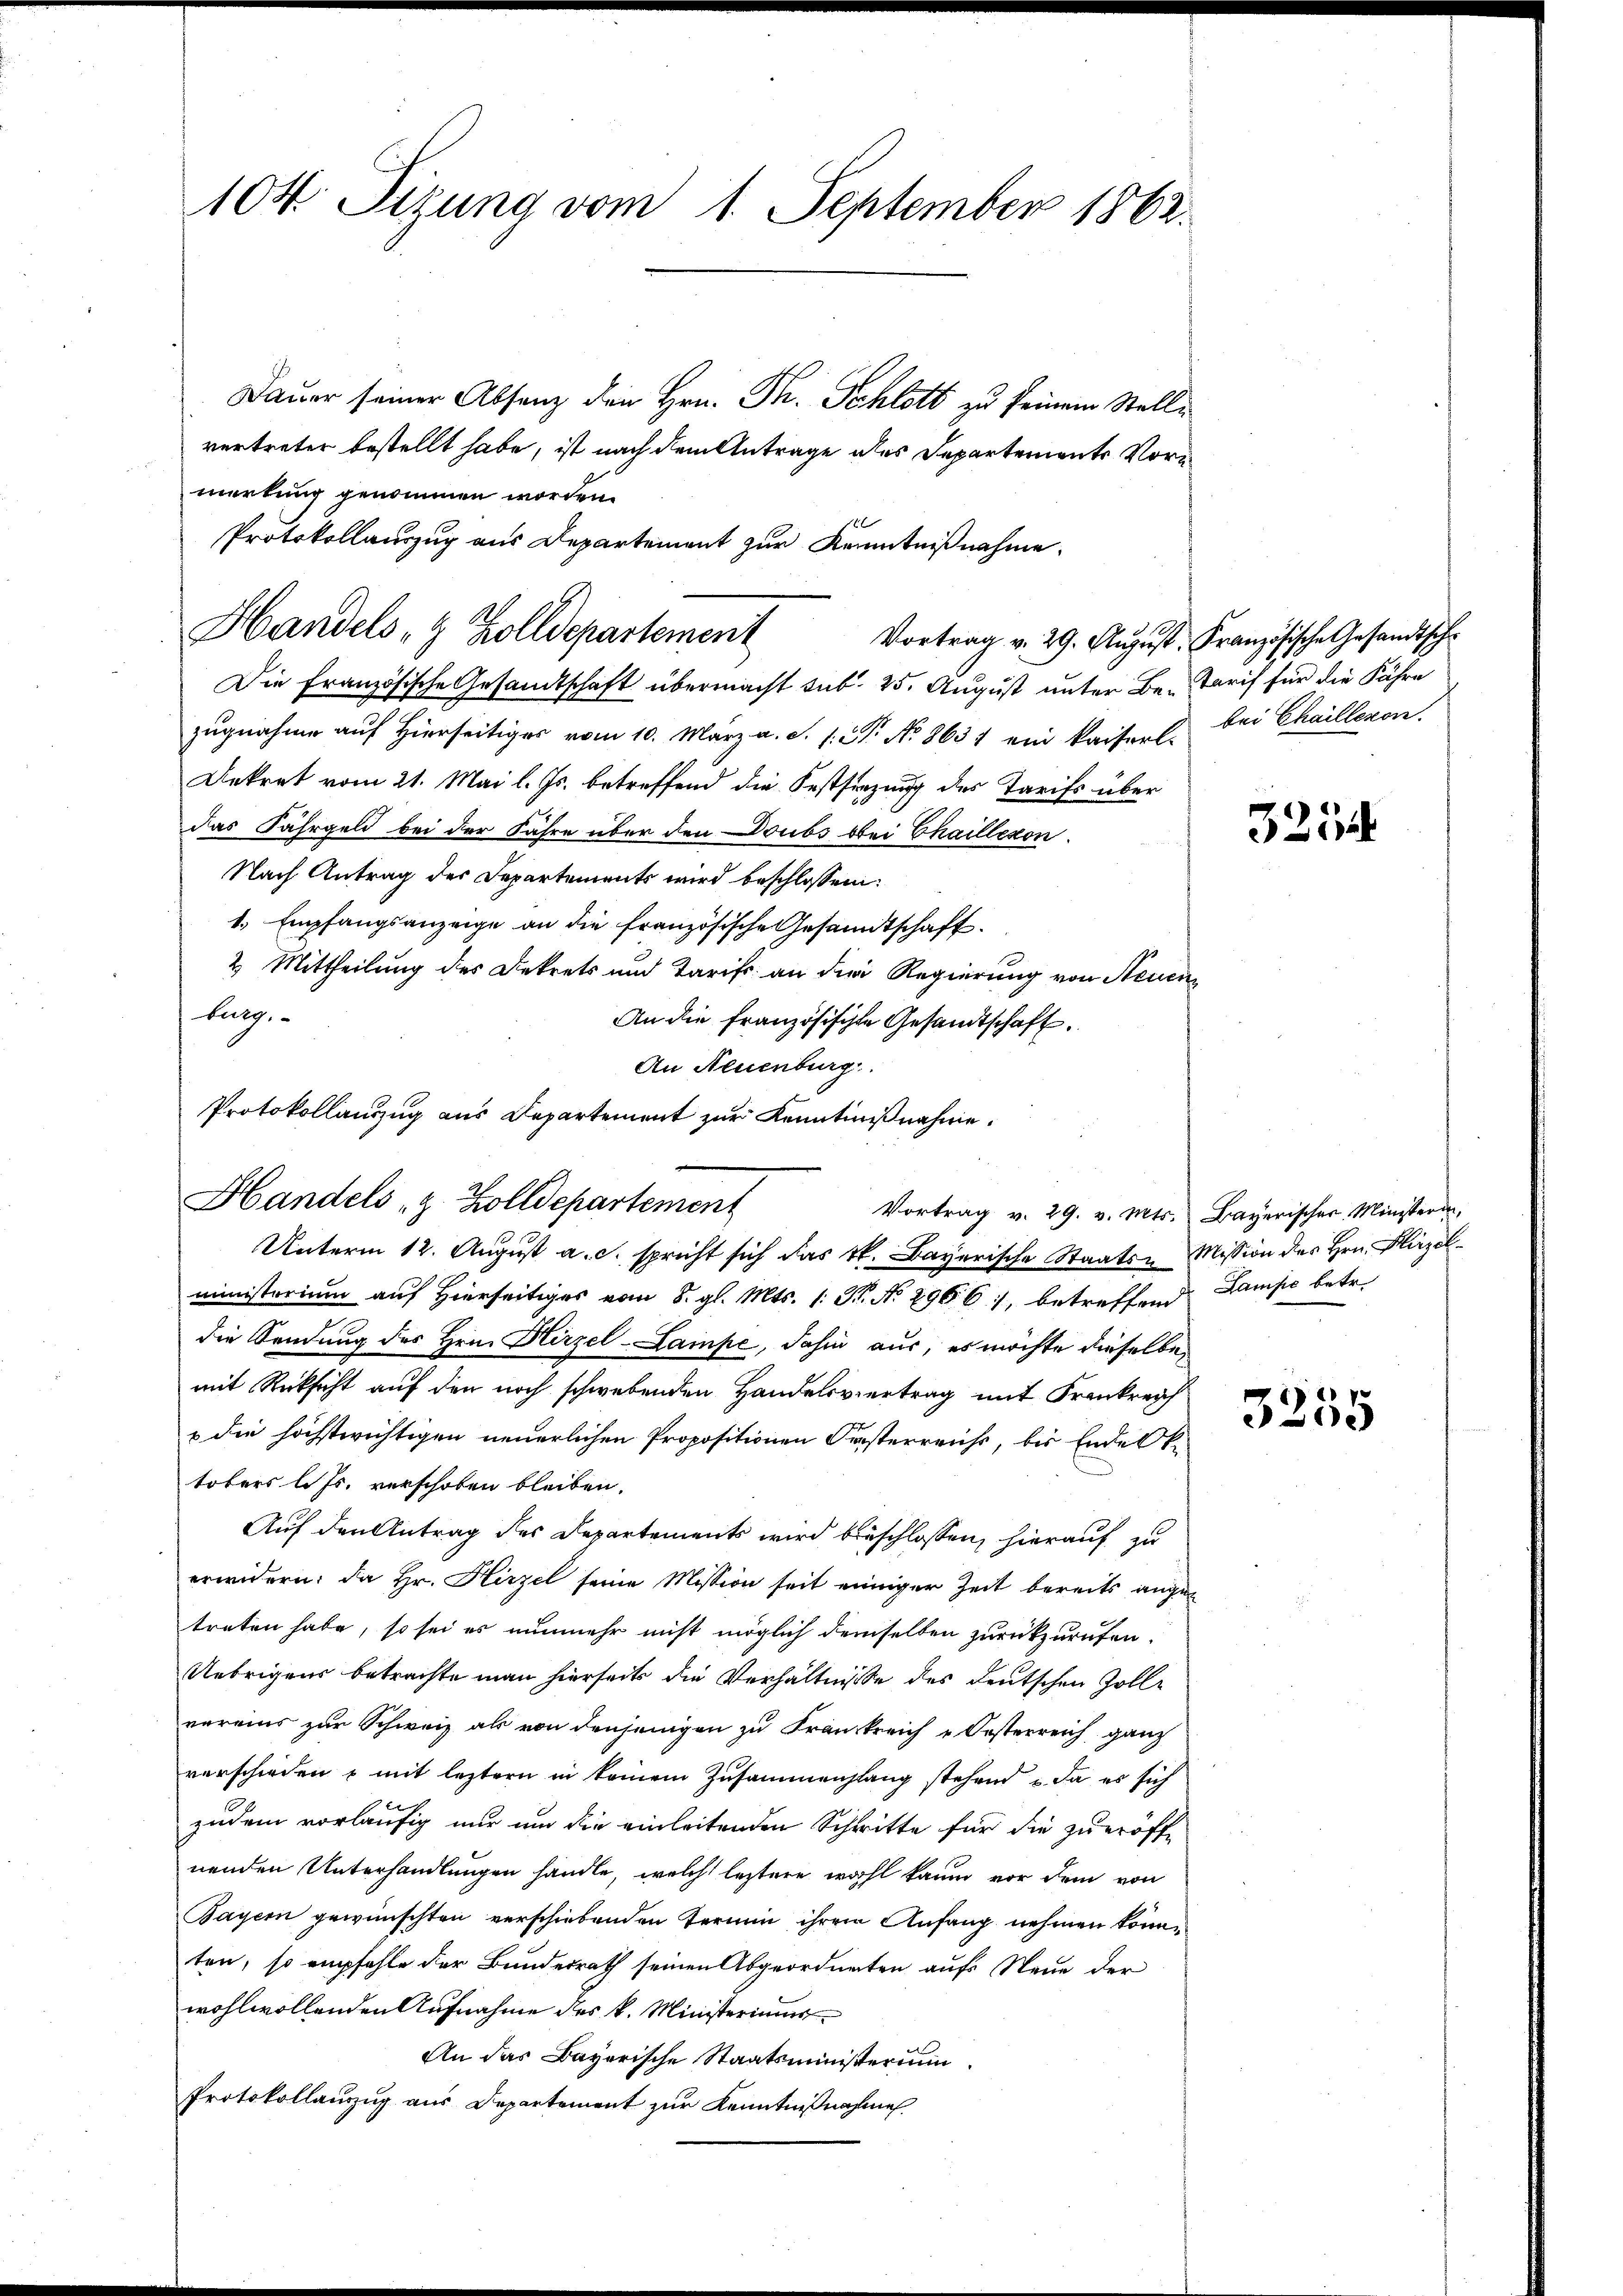
104. Sitzung vom 1. September 1862.

Dauer seiner Absenz den Hrn. Th. Schlott zu seinem Stelle
vertreter bestellt habe, ist nach dem Antrage des Departements Vormerkung genommen worden.
Protokollauszug aus Departement zur Kenntnißnahme.
Die französische Gesandtschaft übermacht sub. 25. August unter Be-Tarif für die Fähre
zugnahme auf Hierseitiges vom 10. März a.c. s. N. No 8631 ein kaiserl. bei Chaillezon.
Ankret vom 21. Mai l. Js. betreffend die Festsezung des Tarifs über
das Fahrgeld bei der Jahre über den Doubs bei Chaillexon
Nach Antrag des Departements wird beschlossen:
1. Empfangsanzeige an die französische Gesandtschaft.
2. Mittheilung des Dekrets und Tarifs an die Regierung von Neuen
bulg
An die französischte Gesandtschaft.
An Neuenburg.
Vortrag v. 29. v. Mts. Bayerischer Ministerin,
Unterm 12. August a. c. spricht sich das kk. Bayerische Staats-Mission des Hrn. Hirzelministerium auf Hierseitiges vom 8. gl. Mts. 1. P. No 2966), betreffend Lampe betr.
|
die Sendung des Hrn. Hirzel-Lampe, dahin aus, es möchte dieselbe
mit Rücksicht auf den noch schwebenden Handelsvertrag mit Frankreich
u die höchstwichtigen neuerlichen Propositionen Geisterreichs, bis Ende Ok-
tobers l. Js. verschoben bleiben.
Auf den Antrag des Departements wird beschlossen, hierauf zu
erwidern: da Hr. Hirzel seine Mission seit einiger Zeit bereits angez
treten habe, so sei es nunmehr nicht möglich demselben zurückzurufen.
Uebrigens betrachte man hierseits die Verhältnisse des deutschen Zolle
vereins zur Schweiz als von denjenigen zu Frankreich „Oesterreich ganz
verschieden & mit leztern in keinem Zusammenhang stehend u. da es sich
zudem vorläufig nur um die einleitenden Schritte für die zu eröff-
nenden Unterhandlungen handle, welch letztere wohl kaum vor dem von
Bayern gewünschten verschiebenden Termin ihrem Anfang nehmen könne
ten, so empfehle der Bundesrath seinen Abgeordneten aufs Neue der
wohlwollenden Aufnahme des k. Ministeriums
An das Bayerische Staatsministerium
Protokollauszug aus Departement zur Kenntnißnahme

Handels- & Zolldepartement

Protokollauszug aus Departement zur Kenntnißnahme.
Handels z. Zolldepartement

Vortrag v. 29. August. Französische Gesandtsche

5254

3255